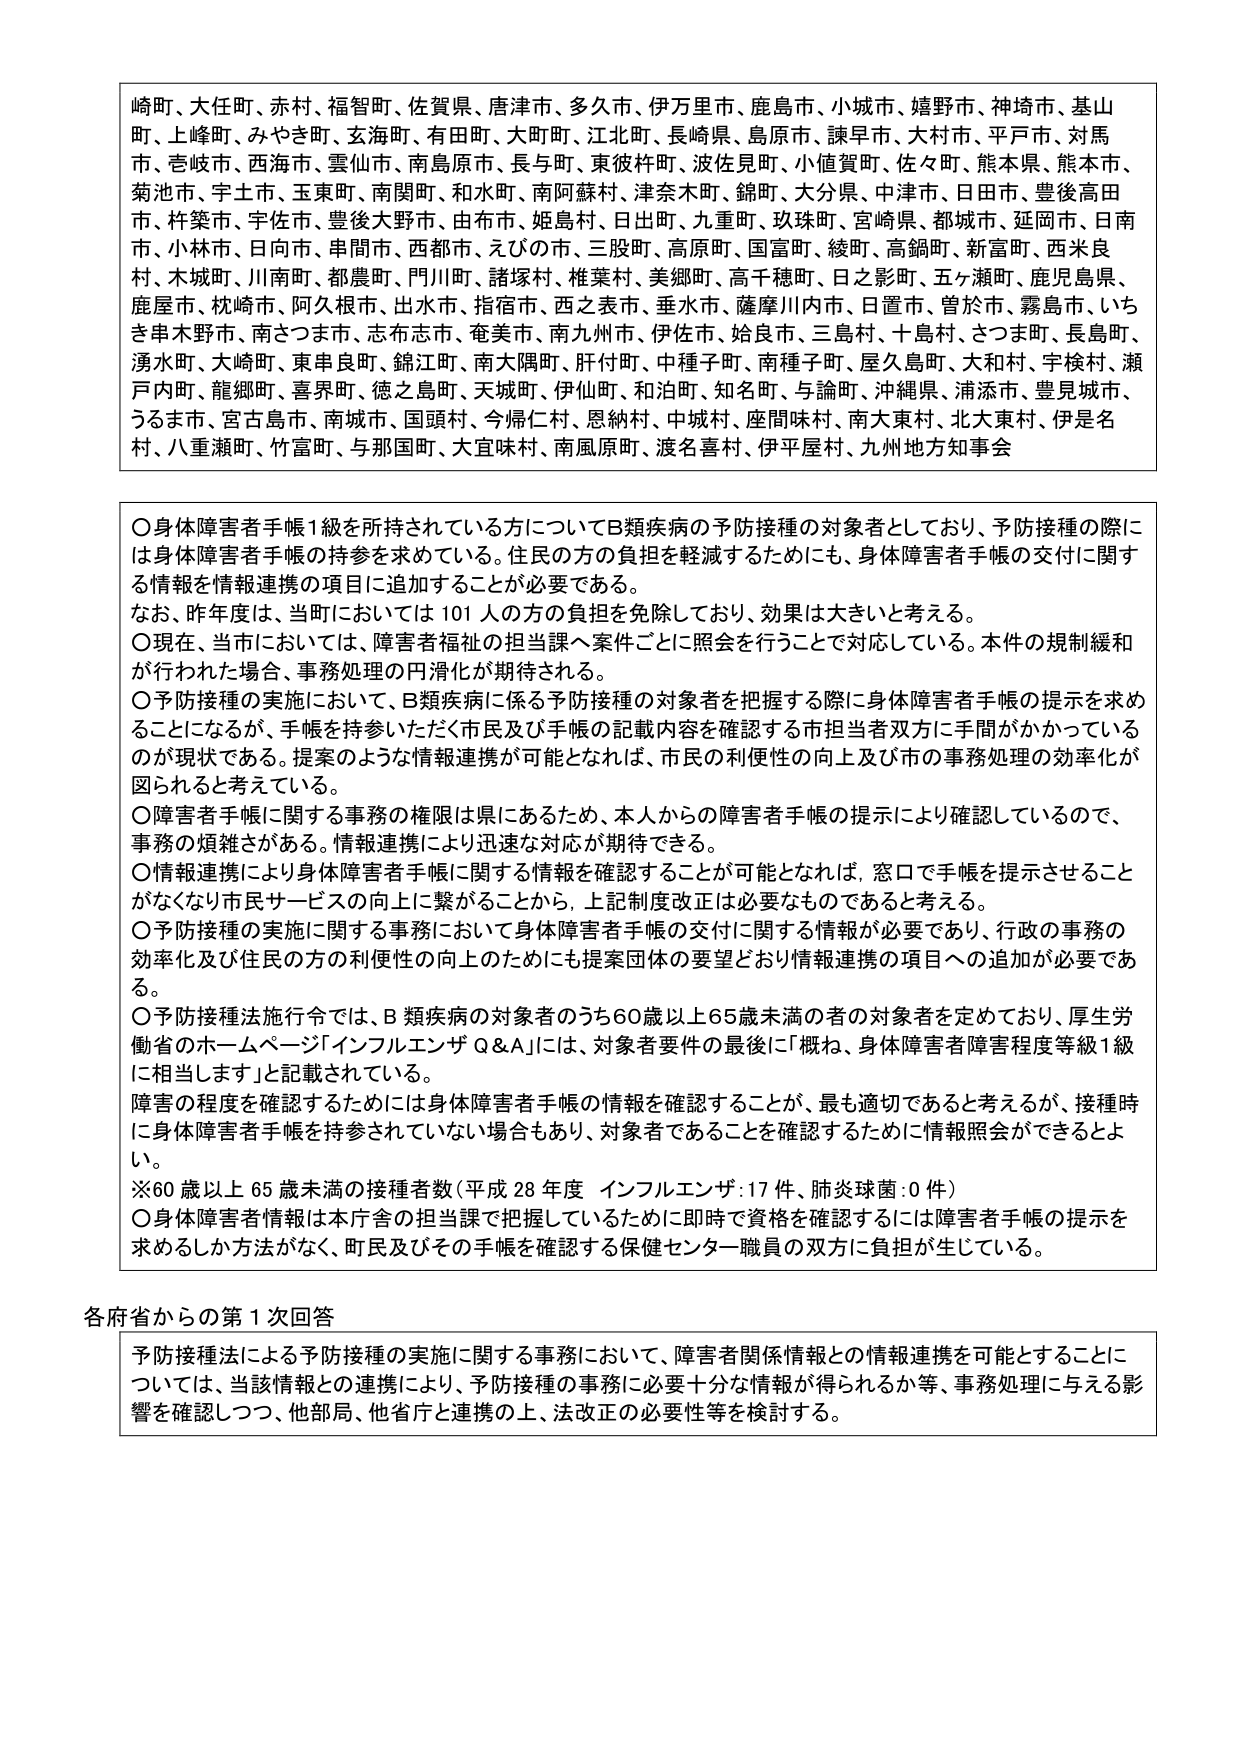
崎町、大任町、赤村、福智町、佐賀県、唐津市、多久市、伊万里市、鹿島市、小城市、嬉野市、神埼市、基山町、上峰町、みやき町、玄海町、有田町、大町町、江北町、長崎県、島原市、諫早市、大村市、平戸市、対馬市、壱岐市、西海市、雲仙市、南島原市、長与町、東彼杵町、波佐見町、小値賀町、佐々町、熊本県、熊本市、菊池市、宇土市、玉東町、南関町、和水町、南阿蘇村、津奈木町、錦町、大分県、中津市、日田市、豊後高田市、杵築市、宇佐市、豊後大野市、由布市、姫島村、日出町、九重町、玖珠町、宮崎県、都城市、延岡市、日南市、小林市、日向市、串間市、西都市、えびの市、三股町、高原町、国富町、綾町、高鍋町、新富町、西米良村、木城町、川南町、都農町、門川町、諸塚村、椎葉村、美郷町、高千穂町、日之影町、五ヶ瀬町、鹿児島県、鹿屋市、枕崎市、阿久根市、出水市、指宿市、西之表市、垂水市、薩摩川内市、日置市、曽於市、霧島市、いちき串木野市、南さつま市、志布志市、奄美市、南九州市、伊佐市、姶良市、三島村、十島村、さつま町、長島町、湧水町、大崎町、東串良町、錦江町、南大隅町、肝付町、中種子町、南種子町、屋久島町、大和村、宇検村、瀬戸内町、龍郷町、喜界町、徳之島町、天城町、伊仙町、和泊町、知名町、与論町、沖縄県、浦添市、豊見城市、うるま市、宮古島市、南城市、国頭村、今帰仁村、恩納村、中城村、座間味村、南大東村、北大東村、伊是名村、八重瀬町、竹富町、与那国町、大宜味村、南風原町、渡名喜村、伊平屋村、九州地方知事会

〇身体障害者手帳1級を所持されている方についてB類疾病の予防接種の対象者としており、予防接種の際には身体障害者手帳の持参を求めている。住民の方の負担を軽減するためにも、身体障害者手帳の交付に関する情報を情報連携の項目に追加することが必要である。
なお、昨年度は、当町においては101人の方の負担を免除しており、効果は大きいと考える。
〇現在、当市においては、障害者福祉の担当課へ案件ごとに照会を行うことで対応している。本件の規制緩和が行われた場合、事務処理の円滑化が期待される。
〇予防接種の実施において、B類疾病に係る予防接種の対象者を把握する際に身体障害者手帳の提示を求めることになるが、手帳を持参いただく市民及び手帳の記載内容を確認する市担当者双方に手間がかかっているのが現状である。提案のような情報連携が可能となれば、市民の利便性の向上及び市の事務処理の効率化が図られると考えている。
〇障害者手帳に関する事務の権限は県にあるため、本人からの障害者手帳の提示により確認しているので、事務の煩雑さがある。情報連携により迅速な対応が期待できる。
〇情報連携により身体障害者手帳に関する情報を確認することが可能となれば、窓口で手帳を提示させることなくなり市民サービスの向上に繋がることから、上記制度改正は必要なものであると考える。
〇予防接種の実施に関する事務において身体障害者手帳の交付に関する情報が必要であり、行政の事務の効率化及び住民の方の利便性の向上のためにも提案団体の要望どおり情報連携の項目への追加が必要である。
〇予防接種法施行令では、B類疾病の対象者のうち60歳以上65歳未満の者の対象者を定めており、厚生労働省のホームページ「インフルエンザ Q＆A」には、対象者要件の最後に「概ね、身体障害者障害程度等級1級に相当します」と記載されている。
障害の程度を確認するためには身体障害者手帳の情報を確認することが、最も適切であると考えるが、接種時に身体障害者手帳を持参されていない場合もあり、対象者であることを確認するために情報照会ができるよう。
※60歳以上65歳未満の接種者数（平成28年度 インフルエンザ：17件、肺炎球菌：0件）
〇身体障害者情報は本庁舎の担当課で把握しているために即時で資格を確認するには障害者手帳の提示を求めるしか方法がなく、町民及びその手帳を確認する保健センター職員の双方に負担が生じている。

各府省からの第1次回答
予防接種法による予防接種の実施に関する事務において、障害者関係情報との情報連携を可能とすることについては、当該情報との連携により、予防接種の事務に必要十分な情報が得られるか等、事務処理に与える影響を確認しつつ、他部局、他省庁と連携の上、法改正の必要性等を検討する。